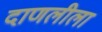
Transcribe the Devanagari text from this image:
दाणलीला